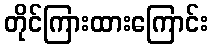
တိုင်ကြားထားကြောင်း